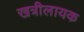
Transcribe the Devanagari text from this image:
खत्रीलायक